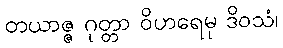
တယာဇ္ဇ ဂုတ္တာ ဝိဟရေမု ဒိဝသံ၊